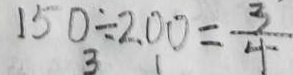
1 5 0 \div 2 0 0 = \frac { 3 } { 4 }